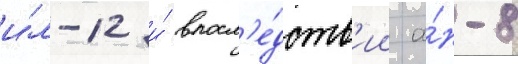
и́л-12 и́ впосл'е́дств'ии а́н-8